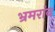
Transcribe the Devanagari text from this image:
भ्रमरांब